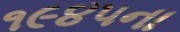
૧૯૪૫ના